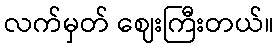
လက်မှတ် ဈေးကြီးတယ်။